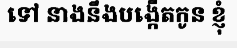
ទៅ នាងនឹងបង្កើតកូន ខ្ញុំ